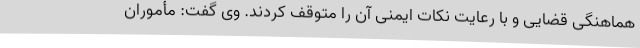
هماهنگی قضایی و با رعایت نکات ایمنی آن را متوقف کردند. وی گفت: مأموران